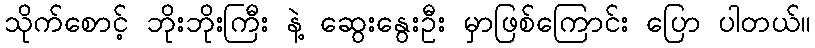
သိုက်စောင့် ဘိုးဘိုးကြီး နဲ့ ဆွေးနွေးဦး မှာဖြစ်ကြောင်း ပြော ပါတယ်။